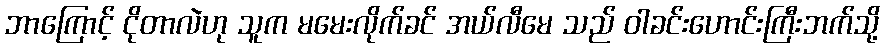
ဘာကြောင့် ငိုတာလဲဟု သူက မမေးလိုက်ခင် အယ်လီမေ သည် ဝါခင်းဟောင်းကြီးဘက်သို့